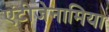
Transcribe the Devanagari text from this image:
एंटीजेनामिया